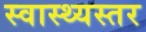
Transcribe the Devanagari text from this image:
स्वास्थ्यस्तर